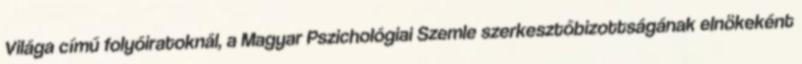
Világa című folyóiratoknál, a Magyar Pszichológiai Szemle szerkesztőbizottságának elnökeként